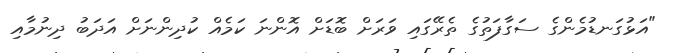
"އަޅުގަނޑުމެންގެ ސަގާފަތުގެ ތެރޭގައި ވަރަށް ބޮޑަށް އޮންނަ ކަމެއް ކުދިންނަށް އަދަބު ދިނުމާއި